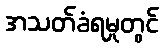
အသတ်ခံရမှုတွင်